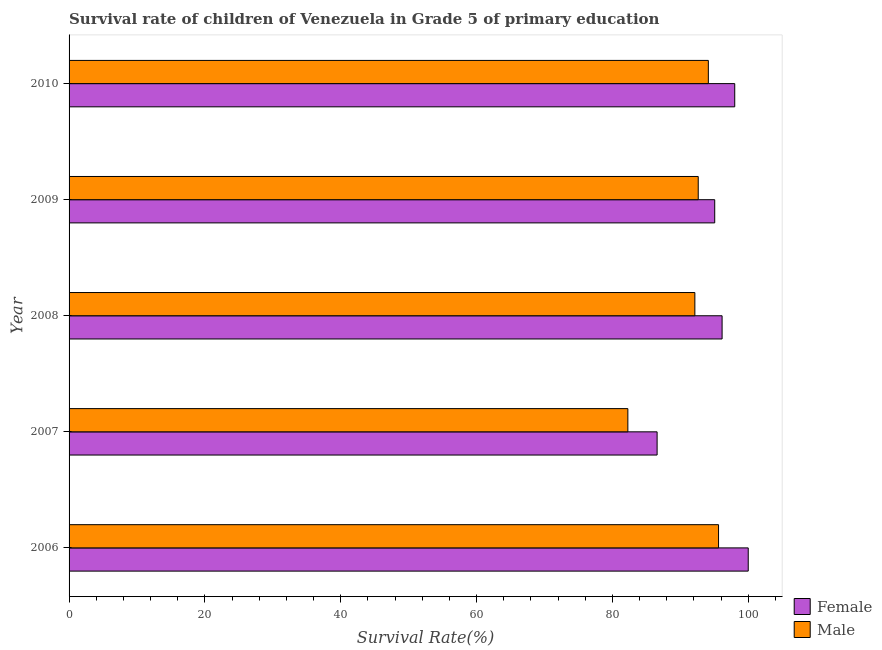
| Year | Female | Male |
 | --- | --- | --- |
 | 2006 | 100 | 95.6 |
 | 2007 | 86.6 | 82.3 |
 | 2008 | 96.2 | 92.1 |
 | 2009 | 95.1 | 92.6 |
 | 2010 | 98 | 94.1 |